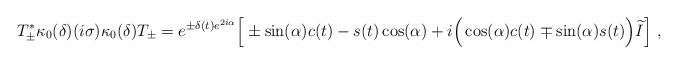
LaTeX: \begin{align*} T_{\pm}^* \kappa_0(\delta)(i\sigma)\kappa_0(\delta)T_{\pm}=e^{\pm\delta(t)e^{2i\alpha}}\Big[\pm \sin(\alpha)c(t)-s(t)\cos(\alpha)+i\Big(\cos(\alpha)c(t)\mp\sin(\alpha)s(t)\Big)\widetilde{I}\Big]~, \end{align*}